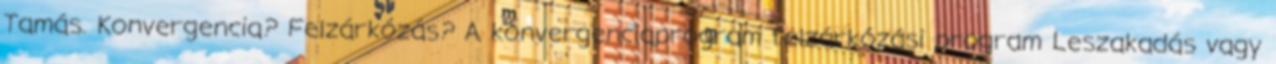
Tamás. Konvergencia? Felzárkózás? A konvergenciaprogram felzárkózási program Leszakadás vagy